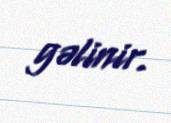
gəlinir.